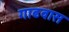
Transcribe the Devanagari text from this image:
गाढवास